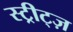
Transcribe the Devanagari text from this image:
स्ट्रीट्ज़